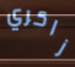
زاكري